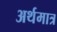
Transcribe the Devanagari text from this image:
अर्थमात्र